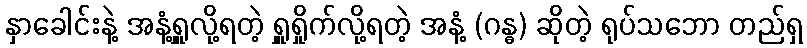
နှာခေါင်းနဲ့ အနံ့ရှူလို့ရတဲ့ ရှူရှိုက်လို့ရတဲ့ အနံ့ (ဂန္ဓ) ဆိုတဲ့ ရုပ်သဘော တည်ရှ